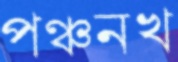
পঞ্চনখ